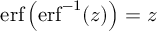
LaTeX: \operatorname { e r f } \left( \operatorname { e r f } ^ { - 1 } ( z ) \right) = z